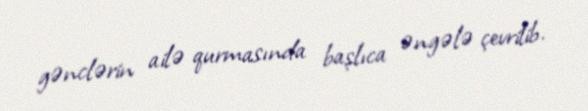
gənclərin ailə qurmasında başlıca əngələ çevrilib.